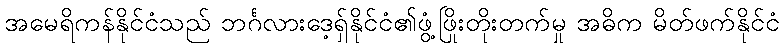
အမေရိကန်နိုင်ငံသည် ဘင်္ဂလားဒေ့ရှ်နိုင်ငံ၏ဖွံ့ဖြိုးတိုးတက်မှု အဓိက မိတ်ဖက်နိုင်ငံ